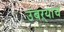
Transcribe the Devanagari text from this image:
उंबऱ्याचं